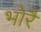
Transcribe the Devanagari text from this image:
भोरै